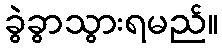
ခွဲခွာသွားရမည်။